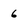
Character: 6